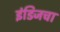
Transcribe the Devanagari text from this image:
इंडिजचा